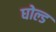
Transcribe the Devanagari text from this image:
घोल्ड